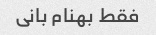
فقط بهنام بانی